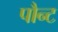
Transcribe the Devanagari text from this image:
पौन्ट